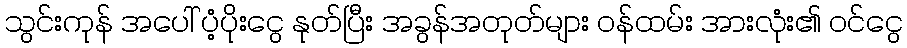
သွင်းကုန် အပေါ် ပံ့ပိုးငွေ နုတ်ပြီး အခွန်အတုတ်များ ဝန်ထမ်း အားလုံး၏ ဝင်ငွေ